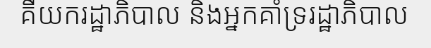
គឺយករដ្ឋាភិបាល និងអ្នកគាំទ្ររដ្ឋាភិបាល